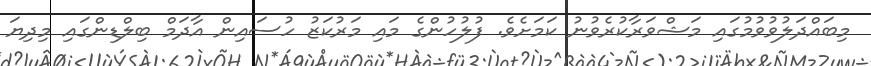
މިބައްދަލުވުވުމުގައި މަޝްވަރާކުރެވުނު ކަމަށެވެ. ފުލުހުންގެ މައި މަރުކަޒު ހުސައިން އާދަމް ބިލްޑިންގައި މިދިޔަ